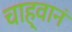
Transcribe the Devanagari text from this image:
चाह्वानं